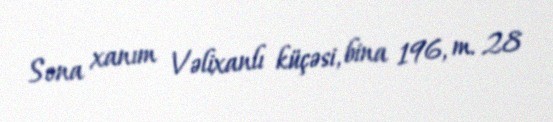
Sona xanım Vəlixanlı küçəsi, bina 196, m. 28